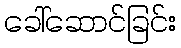
ခေါ်ဆောင်ခြင်း